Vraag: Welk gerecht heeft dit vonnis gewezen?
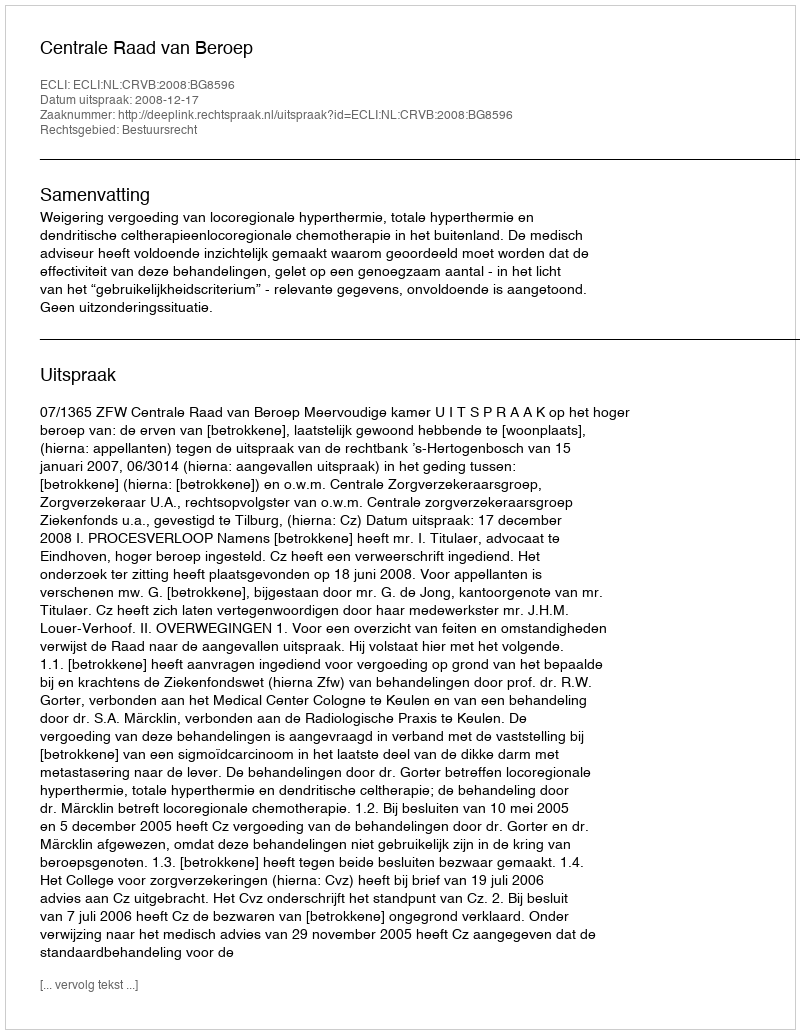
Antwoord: Centrale Raad van Beroep